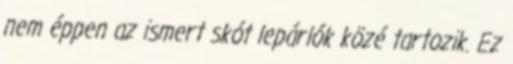
nem éppen az ismert skót lepárlók közé tartozik. Ez